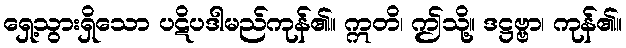
ရှေ့သွားရှိသော ပဋိပဒါမည်ကုန်၏။ ဣတိ၊ ဤသို့။ ဒဋ္ဌဗ္ဗာ၊ ကုန်၏။